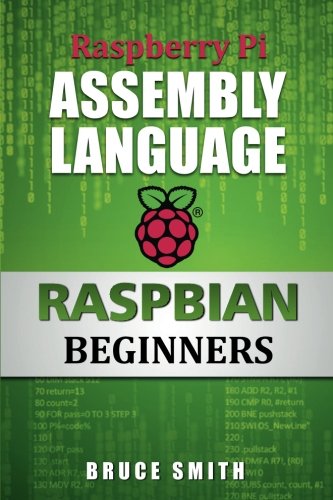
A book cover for Raspberry Pi Assembly Language RASPBIAN Beginners: Hands On Guide; Bruce Smith; Computers & Technology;